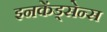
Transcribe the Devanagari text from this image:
इनकेंड्सेन्स